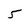
Character: 5